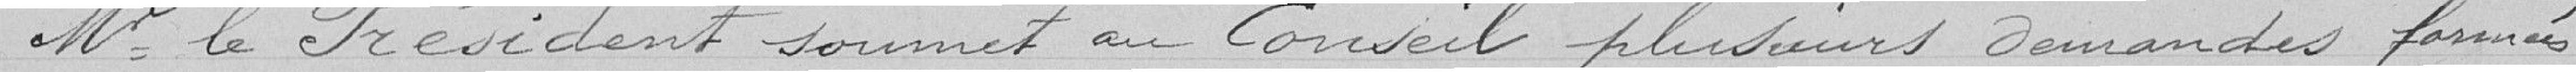
Monsieur le Président soumet au Conseil plusieurs demandes formées